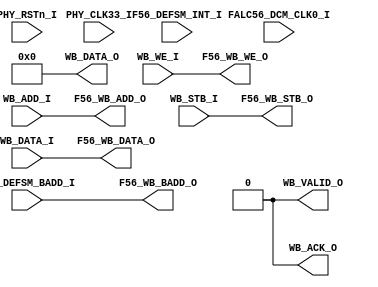
module FALC56_DECODER(
	input FALC56_DCM_CLK0_I,
	input PHY_RSTn_I, 
	input PHY_CLK33_I,
	

	//Wishbone Register
	
	input      [31:0]  WB_ADD_I,
	output reg [31:0]  WB_DATA_O = 0,
	input      [31:0]  WB_DATA_I,
	
	output reg WB_ACK_O = 0,
	output reg WB_VALID_O = 0,
	
	input WB_STB_I,
	input WB_WE_I,
	
	
	input  [7:0] F56_DEFSM_BADD_I,
	input  [1:0] F56_DEFSM_INT_I,
	//Wishbone Register
	input      [31:0]  WB_ADD_I,
	input      [31:0]  WB_DATA_I,
	
	input WB_STB_I,
	input WB_WE_I,
	


	output      [31:0]  F56_WB_ADD_O,
	output      [31:0]  F56_WB_DATA_O,
	
	output F56_WB_STB_O,
	output F56_WB_WE_O,
	// F56 BUS
	output  	   [7:0] F56_WB_BADD_O
	
	
	
    );
	
	always @(*)
		begin
			F56_WB_ADD_O = WB_ADD_I;
			F56_WB_DATA_O = WB_DATA_I;
			
			F56_WB_STB_O = WB_STB_I;
			F56_WB_WE_O = WB_WE_I;
			
			
			F56_WB_BADD_O = F56_DEFSM_BADD_I;
		
		end
	
endmodule